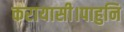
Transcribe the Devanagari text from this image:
करायासी।पाहुनि